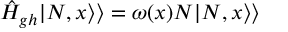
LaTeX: \hat { H } _ { g h } | N , x \rangle \rangle = \omega ( x ) N | N , x \rangle \rangle